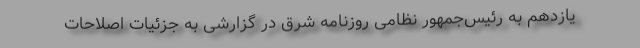
یازدهم به رئیس‌جمهور نظامی روزنامه شرق در گزارشی به جزئیات اصلاحات